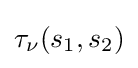
\tau _{\nu }(s_{1},s_{2})